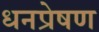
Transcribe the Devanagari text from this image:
धनप्रेषण